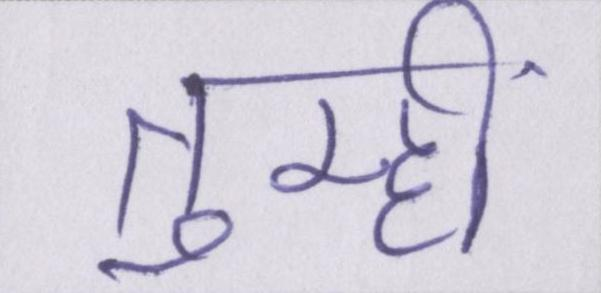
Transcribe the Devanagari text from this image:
तुम्हीं